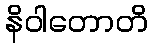
နိဝါတောတိ